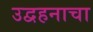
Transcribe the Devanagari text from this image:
उद्वहनाचा